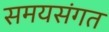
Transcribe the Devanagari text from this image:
समयसंगत